Source: Handwritten
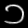
Digit: ၁ (1)